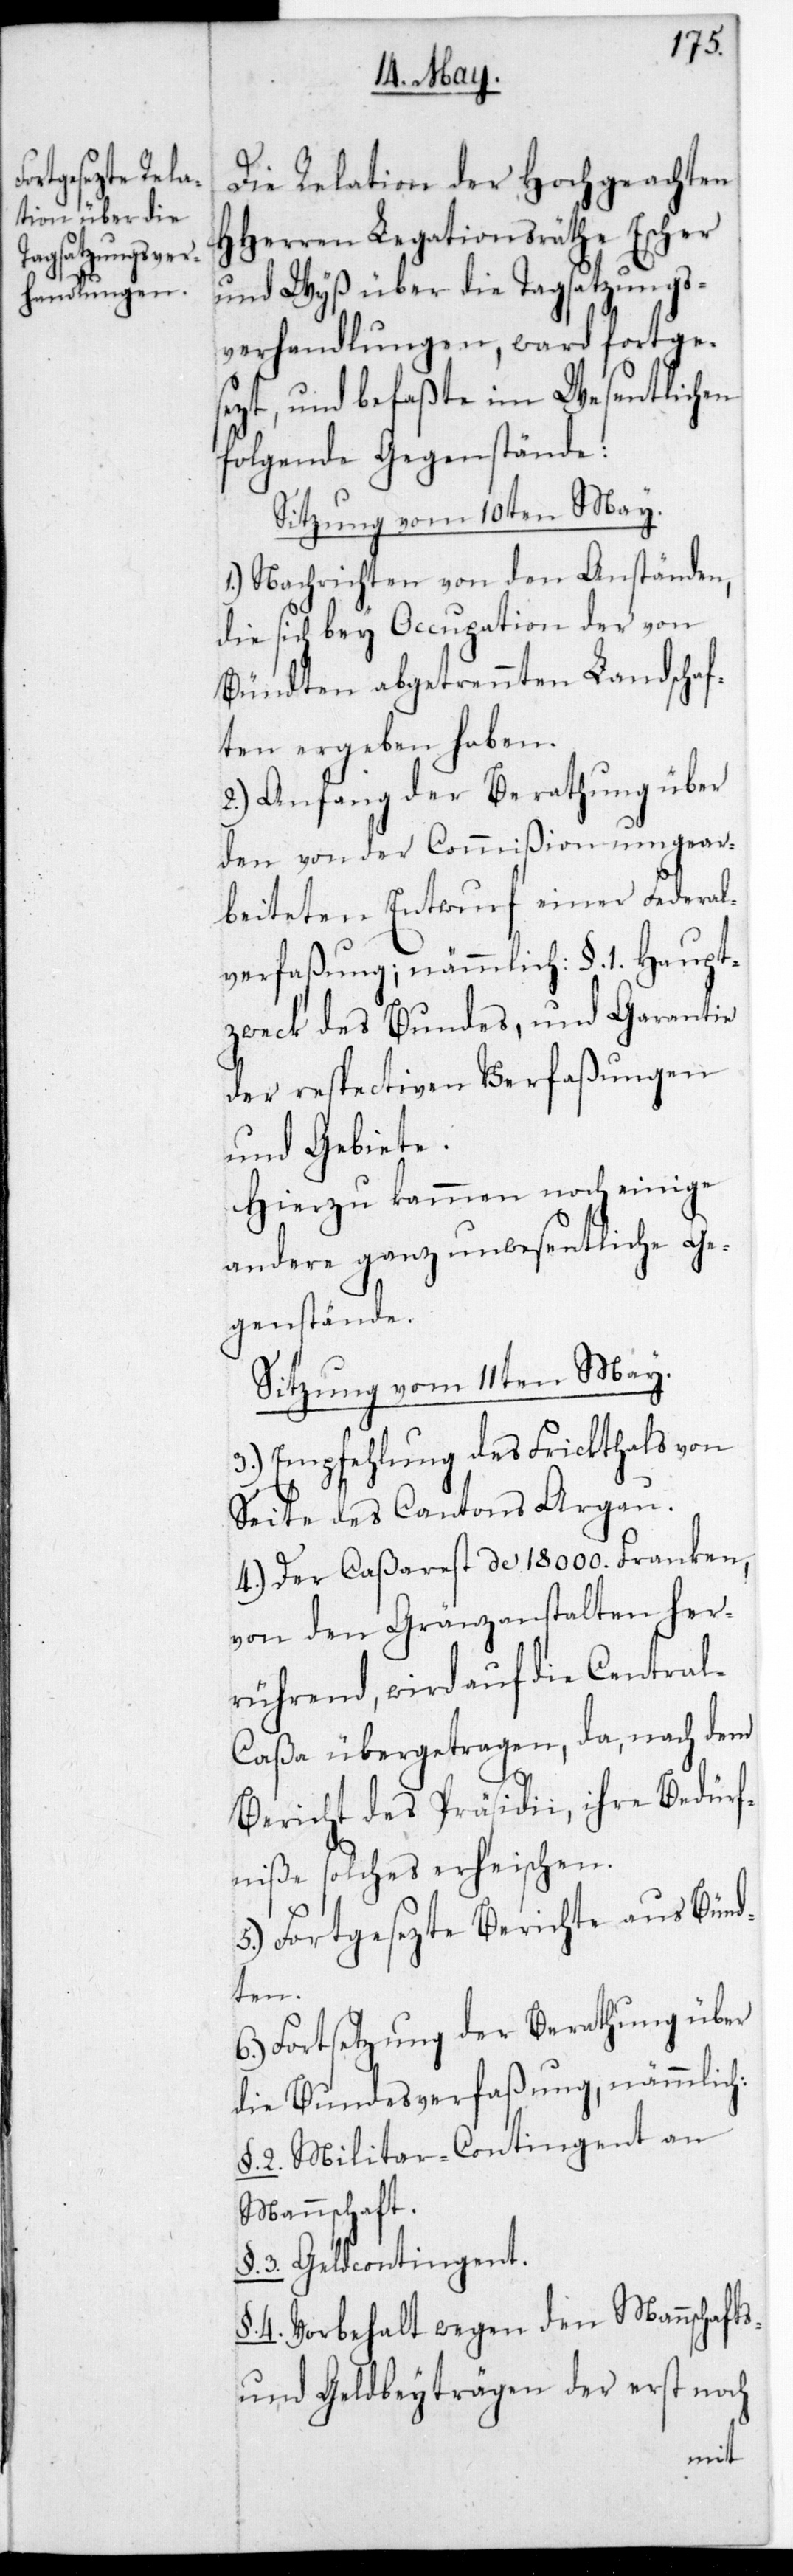
Die Relation der hochgeachten
HHerren Legationsräthe Escher
und Wyß über die Tagsatzungs¬
verhandlungen, ward fortge¬
sezt und befaßte im Wesentlichen
folgende Gegenstände.
Sitzung vom 10ten May.
1.) Nachrichten von den Anständen,
die sich bey Occupation der von
Bündten abgetrennten Landschaf¬
ten ergeben haben.
2.) Anfang der Berathung über
den von der Commißion umgear¬
beiteten Entwurf einer Federal¬
verfaßung; nämmlich §. 1. Haupt¬
zweck des Bundes und Garantie
der respectiven Verfaßungen
und Gebiete.
Hierzu kamen noch einige
andere ganz unwesentliche Ge¬
genstände.
Sitzung vom 11ten May.
3.) Empfehlung des Frickthals von
Seite des Cantons Argau.
4.) Der Caßarest de 18 000. Franken,
von den Gränzanstalten her¬
rührend, wird auf die Central¬
caßa übertragen, da nach dem
Bericht des Präsidii ihre Bedürf¬
niße solches erheischen.
5.) Fortgesezte Berichte aus Bünd¬
ten.
6.) Fortsetzung der Berathung über
die Bundesverfaßung, nämmlich:
§. 2. Militär-Contingent an
Mannschaft.
§. 3. Geldcontingent.
§. 4. Vorbehalt wegen den Mannschafts-
und Geldbeyträgen der erst noch